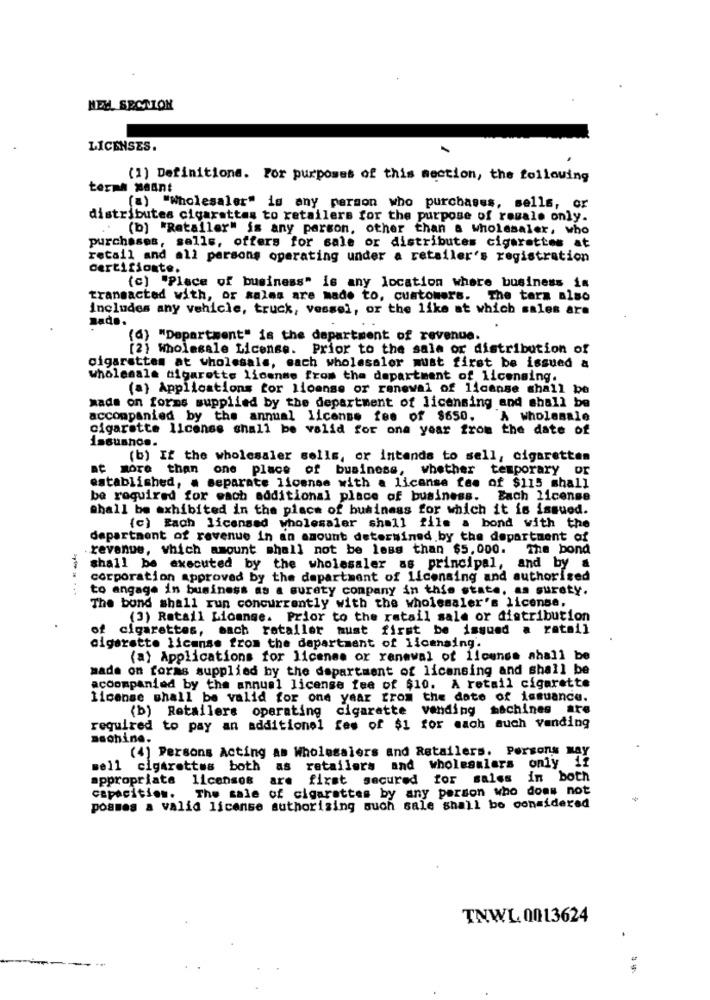
NEM SECTION
LICENSES.
(1) Definitione. For purposes of this mection, the following
terme Meant
(a) "Wholesaler" is any person who purchases, sells, or
distributes cigarattas to retailers for the purpose of regalo only.
(b) "Retaller" is any person, other than a wholesaler, who
purchases, sells, offers for sale or distributes cigarettes at
retail and all persons operating under a retailer's registration
certifionte.
(c) "Place of business" is any location where business is
transacted with, or sales are made to, customers. The tera also
includes any vehicle, truck, vessel, or the like at which sales are
Bado.
(d) "Department" is the department of revenue.
(2) Wholesale License. Prior to the sale or distribution of
cigarettes at wholesale, each wholesaler must first be issued a
wholesale cigarette license from the department of licensing.
(a) Applications for license or renewal of license shall be
made on forms supplied by the department of licensing and shall be
accompanied by the annual license fee of $650. A Wholesale
cigarette license shall be valid for one year from the date of
issushos.
(b) If the wholesaler sells, or intends to sell, cigarettes
at more than one place of business, whether temporary or
established, a separate liomnes with a license fee of $115 shall
be required for each additional place of business.
Each license
shall be exhibited in the place of business for which it is issued.
(c) Rach licensed wholesaler shall file a bond with the
department of revenue in an amount determined by the department of
revenue, which amount shall not be less than $5,000. The bond
shall be executed by the wholesaler as principal, and by a
corporation approved by the department of licensing and authorised
to engage in business as a surety company in this state, as surety.
The bond shall run concurrently with the wholesaler's license,
(3) Retail License. Prior to the retail sale or distribution
of cigarettes, mach rataller must first be issued a ratail
cigarette license from the department of licensing.
(a) Applications for licenss or renewal of llcunss aball be
made on forms supplied by the department of licensing and shall be
accompanied by the annual license fee of $10. A retail cigarette
license shall be valid for one year from the date of issuance.
(b) Retailers operating cigarette vending machines are
required to pay an additionel fes of $1 for mach much vending
machine.
(4) Persons Acting as Wholesalers and Retailers. Persons May
mell cigarettes both as retailers and wholesalers only if
appropriate licensos
are first secured for sales in both
The sale of cigarettes by any person who does not
capacition.
posmes a valid license authorizing such sale shall be considered
TNWL 0013624